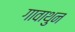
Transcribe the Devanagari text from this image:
गावाथुन